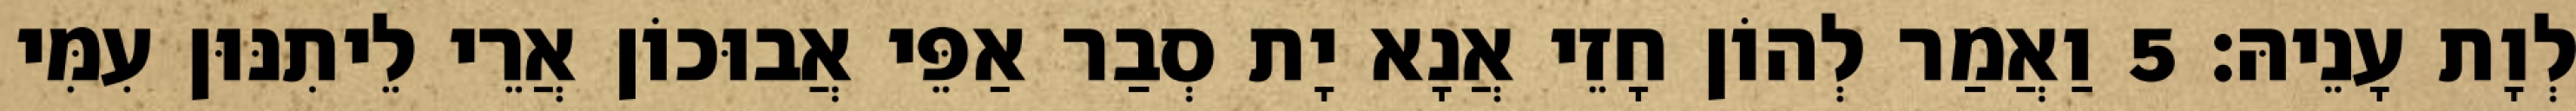
לְוָת עָנֵיהּ׃ 5 וַאֲמַר לְהוֹן חָזֵי אֲנָא יָת סְבַר אַפֵּי אֲבוּכוֹן אֲרֵי לֵיתִנּוּן עִמִּי